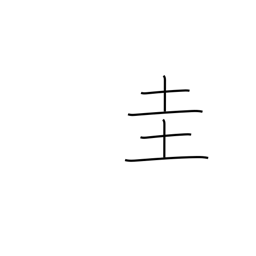
Meaning: square jewel